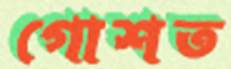
গোশত